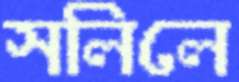
সলিলে